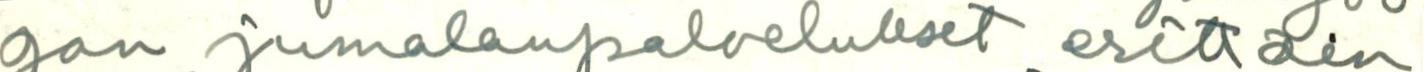
gan jumalanpalvelukset erittäin